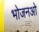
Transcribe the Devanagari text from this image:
भोजनओ